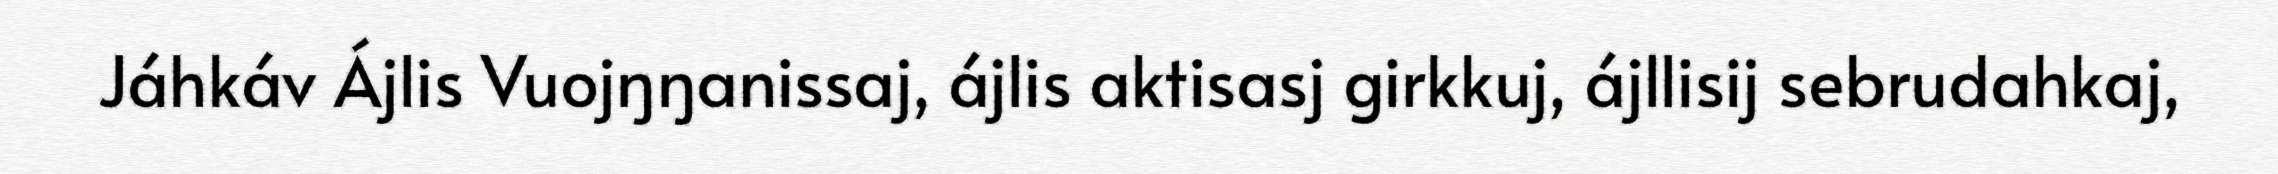
Jáhkáv Ájlis Vuojŋŋanissaj, ájlis aktisasj girkkuj, ájllisij sebrudahkaj,